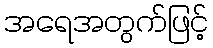
အရေအတွက်ဖြင့်